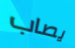
يصاب